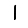
Digit: 1